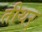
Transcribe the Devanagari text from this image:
तीथर्